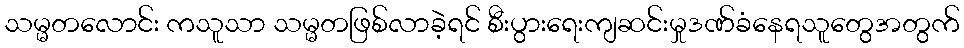
သမ္မတလောင်း ကသူသာ သမ္မတဖြစ်လာခဲ့ရင် စီးပွားရေးကျဆင်းမှုဒဏ်ခံနေရသူတွေအတွက်